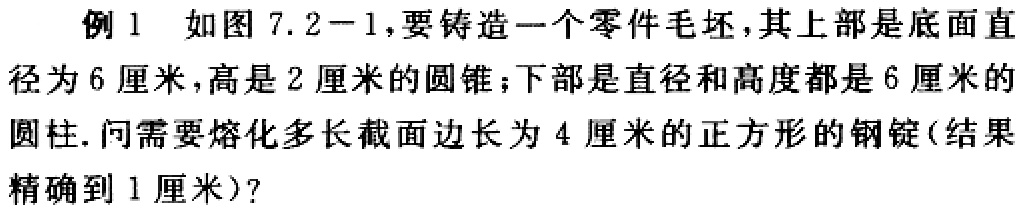
例1 如图7.2 - 1，要铸造一个零件毛坯，其上部是底面直径为6厘米，高是2厘米的圆锥；下部是直径和高度都是6厘米的圆柱.问需要熔化多长截面边长为4厘米的正方形的钢锭(结果精确到1厘米)?